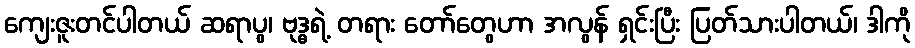
ကျေးဇူးတင်ပါတယ် ဆရာပွ၊ ဗုဒ္ဓရဲ့ တရား တော်တွေဟာ အလွန် ရှင်းပြီး ပြတ်သားပါတယ်၊ ဒါကို